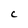
Character: C